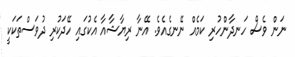
ނަން ވެސް ހަނދާންހުރި ކަމެއް ނޭނގެއެވެ. އޭނާ ރިޔާޝާއާ އެކުގައި ހޭދަކުރި ދުވަސްތަކަކީ